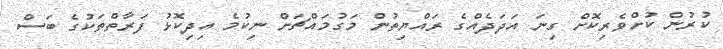
ކުރުން ކުށްވެރިކޮށް ގިނަ އަދަދެއްގެ ރައްޔިތުން މަގުމައްޗަށް ނިކުމެ އިދިކޮޅު ފަރާތްތަކުގެ ބަސް